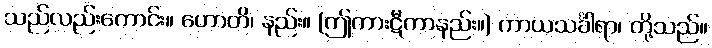
သည်လည်းကောင်း။ ဟောတိ၊ နည်း။ (ဤကားဋီကာနည်း။) ကာယသင်္ခါရာ၊ တို့သည်။